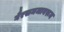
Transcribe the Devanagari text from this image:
गैरसमजावरून